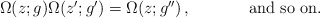
\begin{align*}\begin{array}{cc}\Omega(z;g)\Omega(z^{\prime};g^{\prime})=\Omega(z;g^{\prime\prime})\,,~~~~&~~~~\mbox{and~so~on.}\end{array}\end{align*}